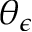
\theta _ { \epsilon }